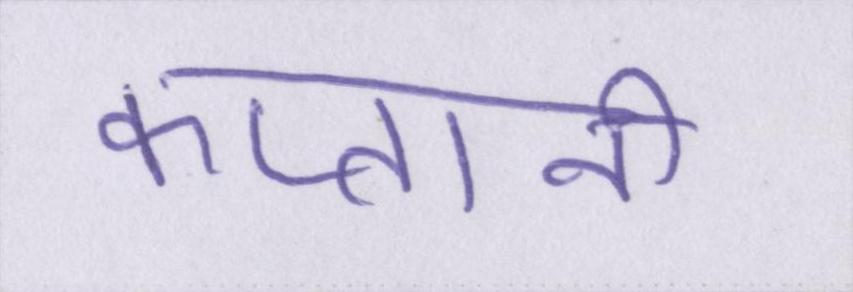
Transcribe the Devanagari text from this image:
कप्तानी